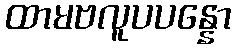
ထာမဗလူပပန္နော